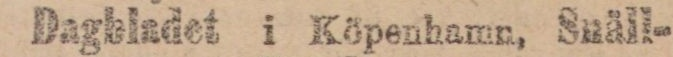
Dagbladet i Köpenhamn, Snäll-